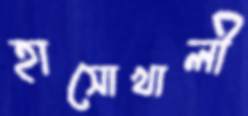
হাসোখালী